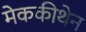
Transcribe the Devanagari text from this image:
मेककीथेन